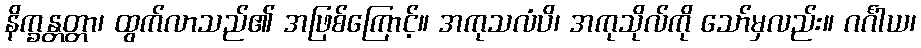
နိက္ခန္တတ္တာ၊ ထွက်လာသည်၏ အဖြစ်ကြောင့်။ အကုသလံပိ၊ အကုသိုလ်ကို သော်မှလည်း။ ဂင်္ဂါယ၊